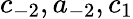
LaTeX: c_{-2},a_{-2},c_{1}